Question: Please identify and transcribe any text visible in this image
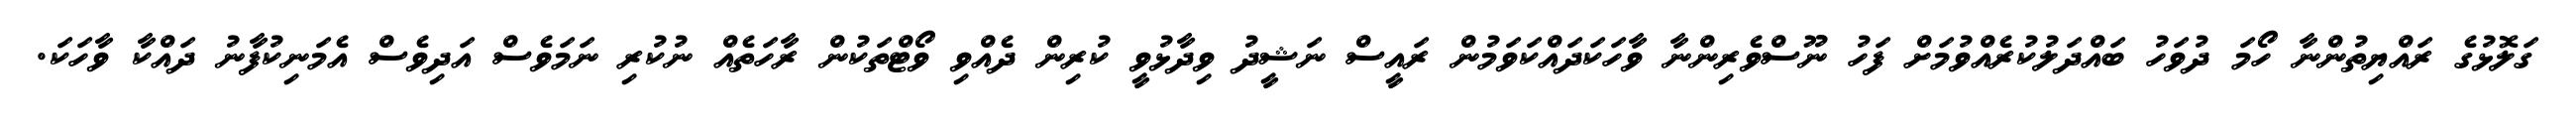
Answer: ގަލޮޅުގެ ރައްޔިތުންނާ ހޯމަ ދުވަހު ބައްދަލުކުރެއްވުމަށް ފަހު ނޫސްވެރިންނާ ވާހަކަދައްކަވަމުން ރައީސް ނަޝީދު ވިދާޅުވީ ކުރިން ދެއްވި ވޯޓްތަކުން ރާހަތެއް ނުކުރި ނަމަވެސް އަދިވެސް އެމަނިކުފާނު ދައްކާ ވާހަކަ.